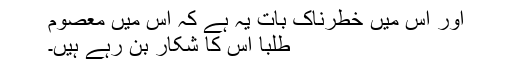
اور اس میں خطرناک بات یہ ہے کہ اس میں معصوم
طلبا اس کا شکار بن رہے ہیں۔